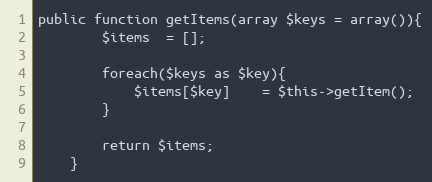
Language: PHP
public function getItems(array $keys = array()){
        $items  = [];

        foreach($keys as $key){
            $items[$key]    = $this->getItem();
        }

        return $items;
    }